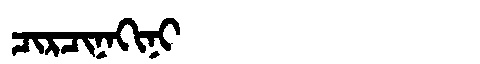
Manchu: ᠴᡳᡵᠴᡳᠨᠠᡴᡳᠨᡳ
Romanization: CIRCINAKINI